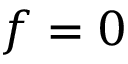
f = 0